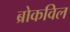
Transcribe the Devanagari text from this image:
ब्रोकविल